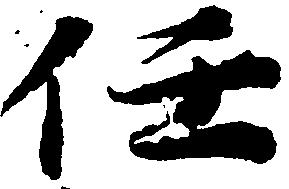
任